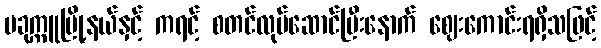
ပခုက္ကူမြို့နယ်နှင့် ကရင့် စတင်လုပ်ဆောင်ပြီးနောက် ဈေးကောင်းရရှိသဖြင့်